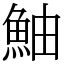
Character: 鮋